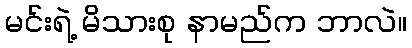
မင်းရဲ့ မိသားစု နာမည်က ဘာလဲ။